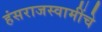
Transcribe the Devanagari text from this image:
हंसराजस्वामींचे